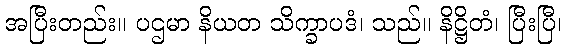
အပြီးတည်း။ ပဌမာ နိယတ သိက္ခာပဒံ၊ သည်။ နိဋ္ဌိတံ၊ ပြီးပြီ၊